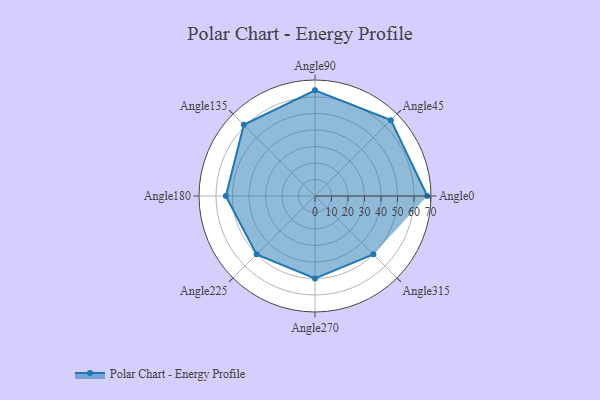
{"axis": {"x": "Angle", "y": "Radius"}, "legend": [""], "data": [{"x": "Angle0", "y": 68.0, "type": ""}, {"x": "Angle45", "y": 65.0, "type": ""}, {"x": "Angle90", "y": 64.0, "type": ""}, {"x": "Angle135", "y": 61.0, "type": ""}, {"x": "Angle180", "y": 54.0, "type": ""}, {"x": "Angle225", "y": 50, "type": ""}, {"x": "Angle270", "y": 50, "type": ""}, {"x": "Angle315", "y": 50, "type": ""}]}